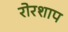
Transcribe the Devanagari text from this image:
रोरशाप